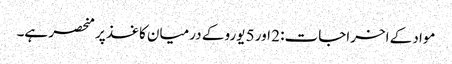
مواد کے اخراجات: 2 اور 5 یورو کے درمیان کاغذ پر منحصر ہے۔